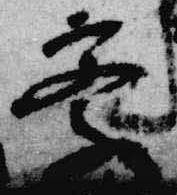
察